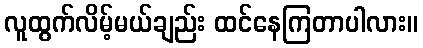
လူထွက်လိမ့်မယ်ချည်း ထင်နေကြတာပါလား။